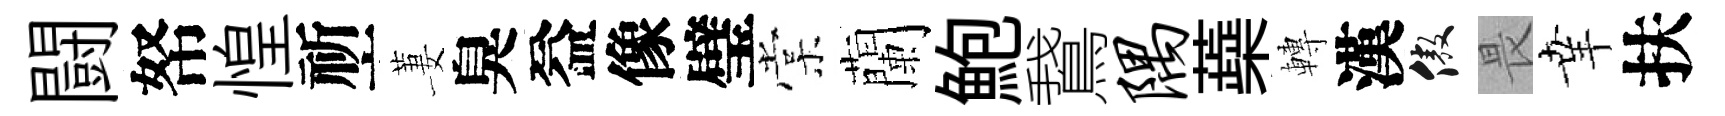
闘帑惶祈萋臭益像璧棠蘭鮑鵞隅蘃轉漢傲畏𦍒扶